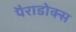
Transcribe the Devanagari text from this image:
पैराडोक्स